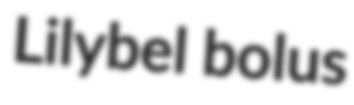
Lilybel bolus